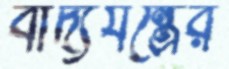
বাদ্যযন্ত্রের